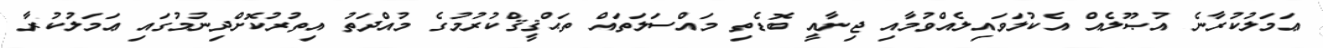
ޢަމަލުކުރާނެ އުޞޫލެއް އެކުލަވައިލެއްވުމާއި ޖިނާއީ ބޮޑެތި މައްސަލަތައް ތަޙްޤީޤްކުރުމުގެ މުއްދަތު އިތުރުކޮށްދިނުމުގައި ޢަމަލުކުރާ